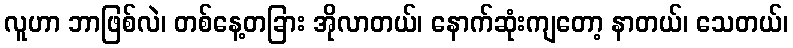
လူဟာ ဘာဖြစ်လဲ၊ တစ်နေ့တခြား အိုလာတယ်၊ နောက်ဆုံးကျတော့ နာတယ်၊ သေတယ်၊